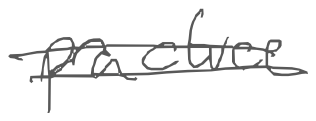
Text: practice
Cross-out: double-line
Writing tool: digital_gray